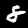
Label: 8